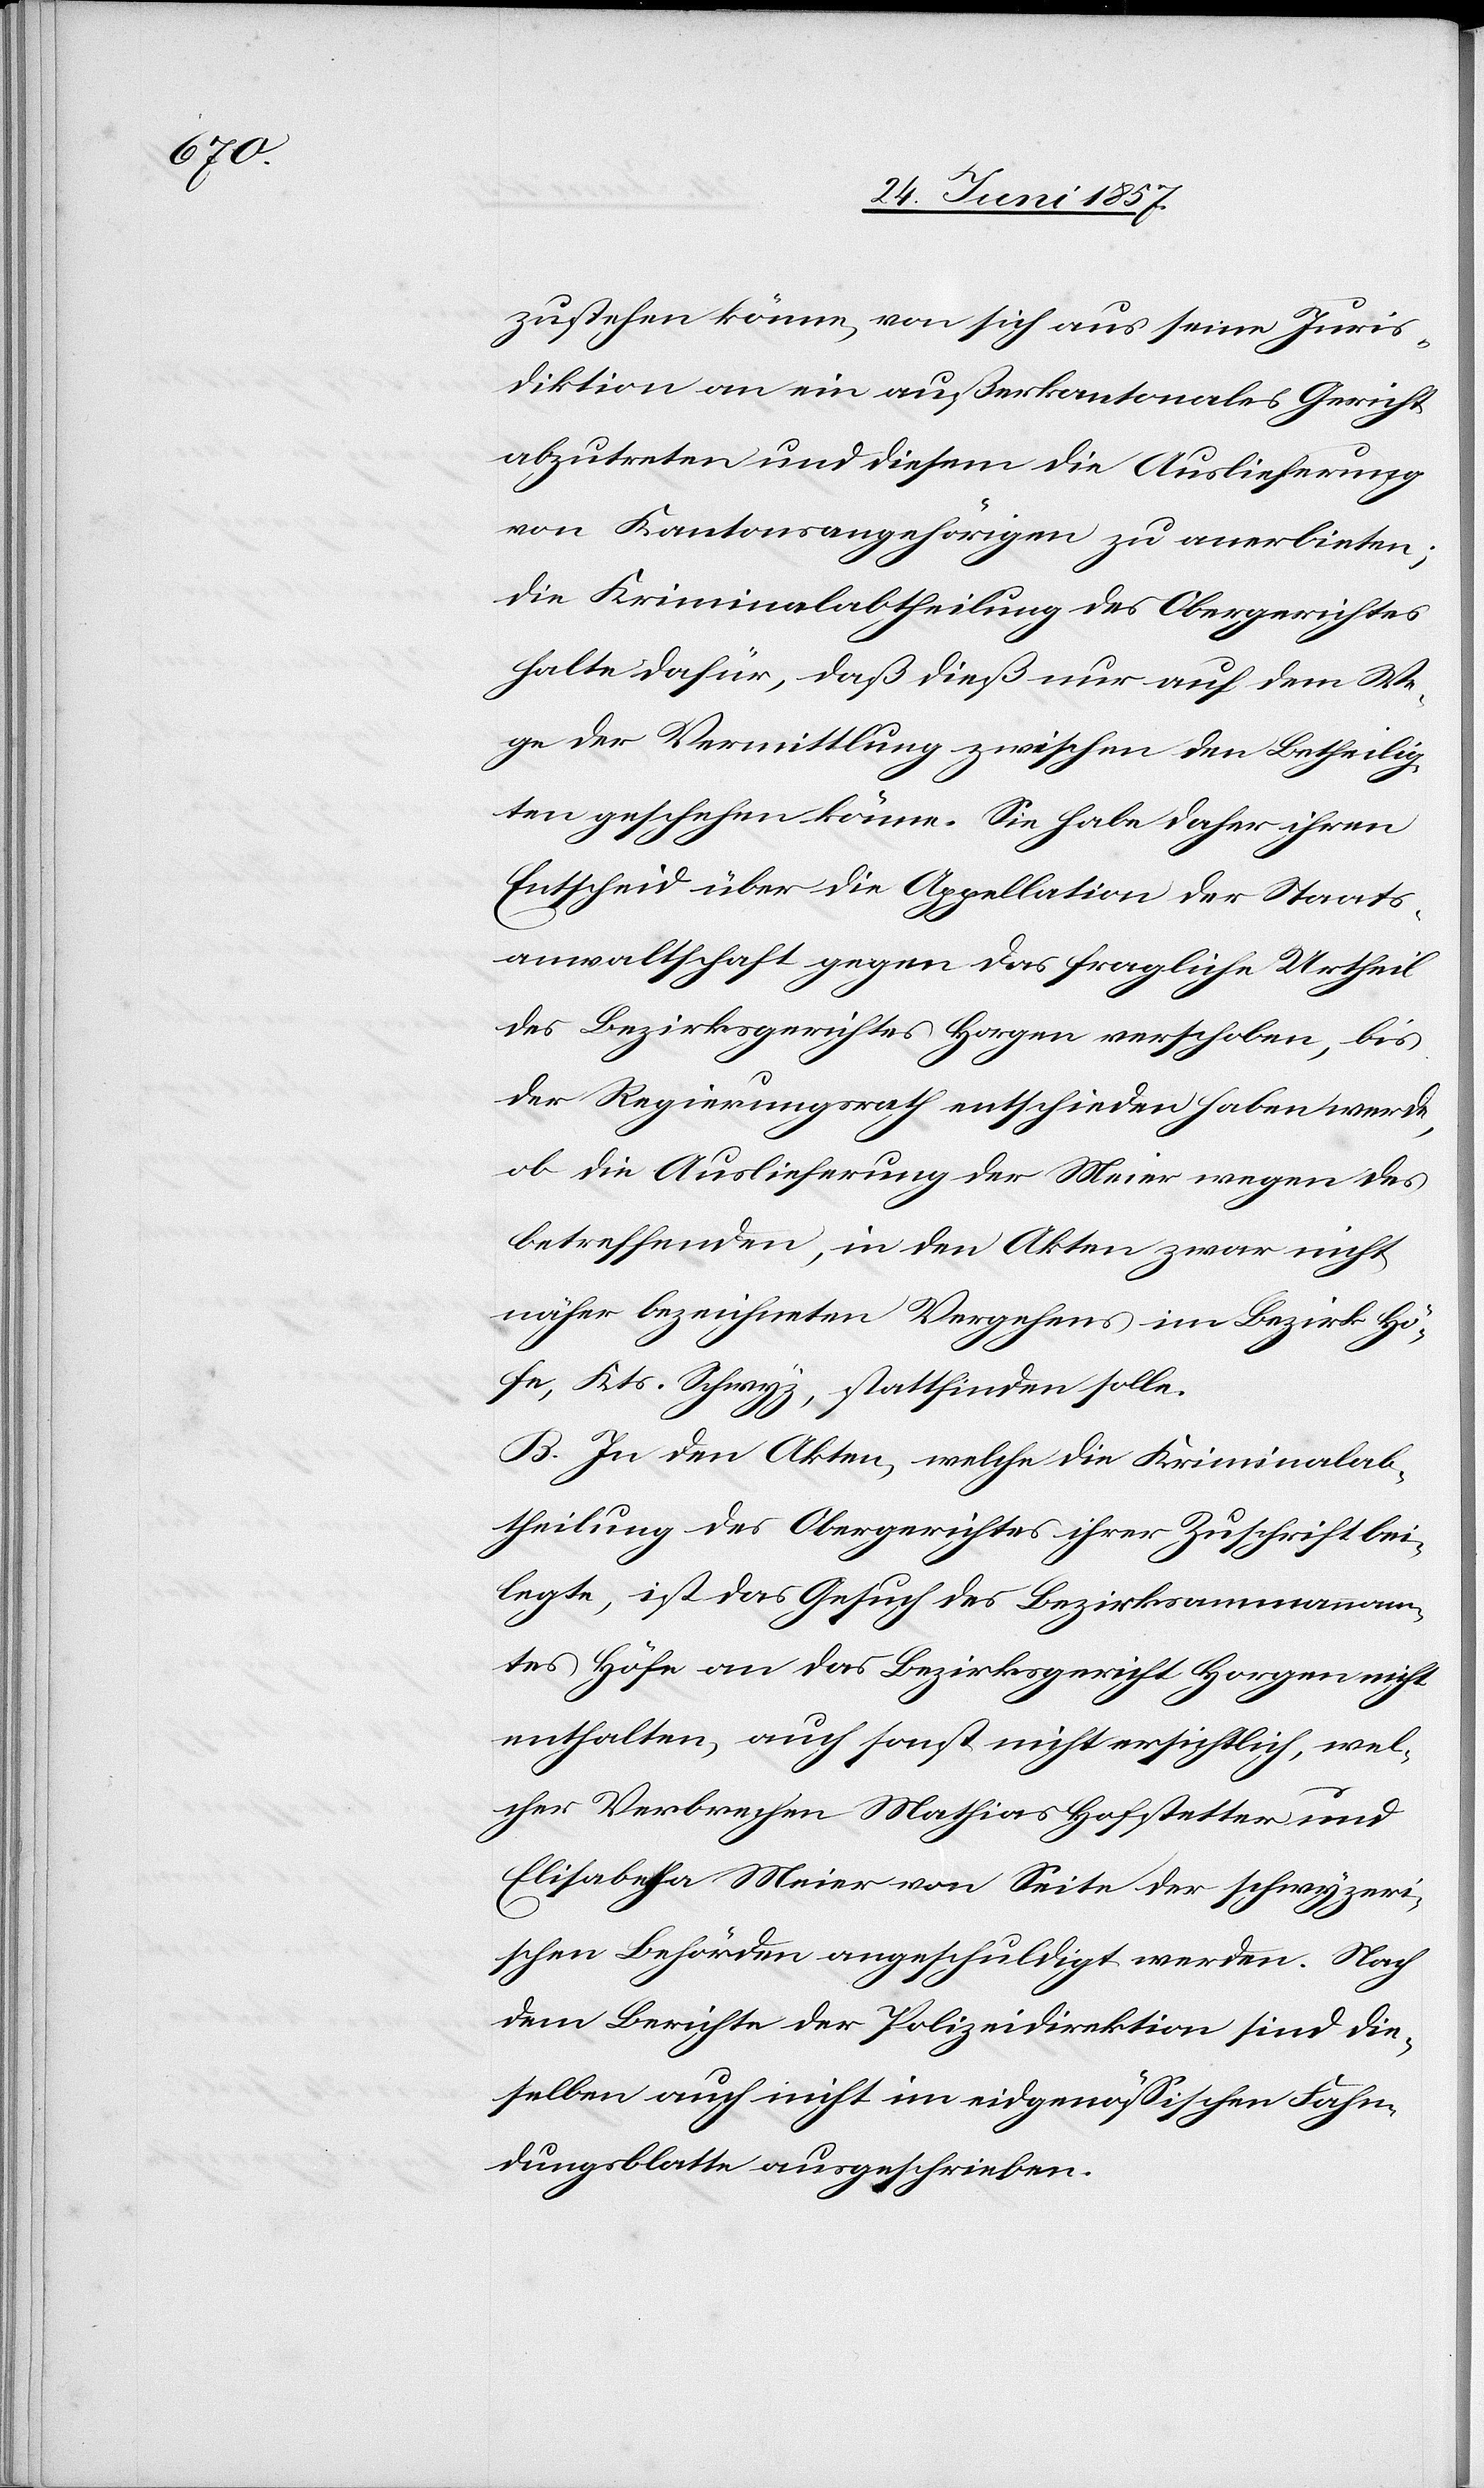
zustehen könne, von sich aus seine Juris¬
diktion an ein außerkantonales Gericht
abzutreten und diesem die Auslieferung
von Kantonsangehörigen zu anerbieten;
die Kriminalabtheilung des Obergerichtes
halte dafür, daß dieß nur auf dem We¬
ge der Vermittlung zwischen den Betheilig¬
ten geschehen könne. Sie habe daher ihren
Entscheid über die Appellation der Staats¬
anwaltschaft gegen das fragliche Urtheil
des Bezirksgerichtes Horgen verschoben, bis
der Regierungsrath entschieden haben werde,
ob die Auslieferung der Meier wegen des
betreffenden, in den Akten zwar nicht
näher bezeichneten Vergehens im Bezirk Hö¬
fe, Kts. Schwyz, stattfinden solle.
B. In den Akten, welche die Kriminalab¬
theilung des Obergerichtes ihrer Zuschrift bei¬
legte, ist das Gesuch des Bezirksammannam¬
tes Höfe an das Bezirksgericht Horgen nicht
enthalten, auch sonst nicht ersichtlich, wel¬
cher Verbrechen Mathias Hofstetter und
Elisabetha Meier von Seite der schweizeri¬
schen Behörden angeschuldigt werden. Nach
dem Berichte der Polizeidirektion sind die¬
selben auch nicht im eidgenössischen Fahn¬
dungsblatte ausgeschrieben.